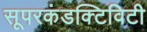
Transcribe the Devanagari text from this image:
सूपरकंडक्टिविटी